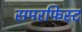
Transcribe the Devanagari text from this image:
समरफिस्ट